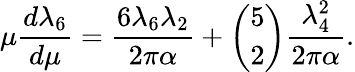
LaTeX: \mu{\frac{d\lambda_{6}}{d\mu}}={\frac{6\lambda_{6}\lambda_{2}}{2\pi\alpha}}+{\binom{5}{2}}{\frac{\lambda_{4}^{2}}{2\pi\alpha}}.